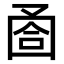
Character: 𡇶